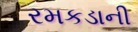
રમકડાની